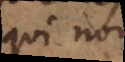
qui non